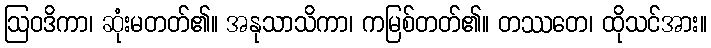
ဩဝဒိကာ၊ ဆုံးမတတ်၏။ အနုသာသိကာ၊ ကမြစ်တတ်၏။ တဿတေ၊ ထိုသင်အား။